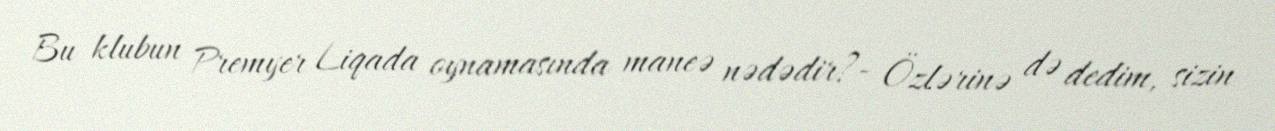
Bu klubun Premyer Liqada oynamasında maneə nədədir?- Özlərinə də dedim, sizin